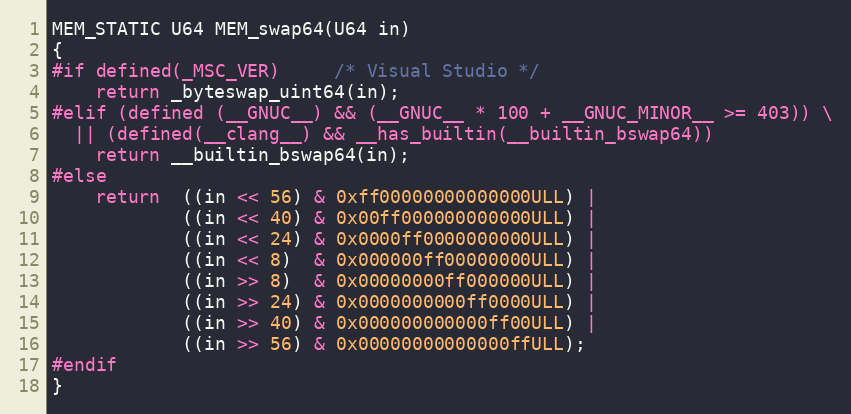
Language: C
MEM_STATIC U64 MEM_swap64(U64 in)
{
#if defined(_MSC_VER)     /* Visual Studio */
    return _byteswap_uint64(in);
#elif (defined (__GNUC__) && (__GNUC__ * 100 + __GNUC_MINOR__ >= 403)) \
  || (defined(__clang__) && __has_builtin(__builtin_bswap64))
    return __builtin_bswap64(in);
#else
    return  ((in << 56) & 0xff00000000000000ULL) |
            ((in << 40) & 0x00ff000000000000ULL) |
            ((in << 24) & 0x0000ff0000000000ULL) |
            ((in << 8)  & 0x000000ff00000000ULL) |
            ((in >> 8)  & 0x00000000ff000000ULL) |
            ((in >> 24) & 0x0000000000ff0000ULL) |
            ((in >> 40) & 0x000000000000ff00ULL) |
            ((in >> 56) & 0x00000000000000ffULL);
#endif
}